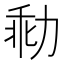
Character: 㔞